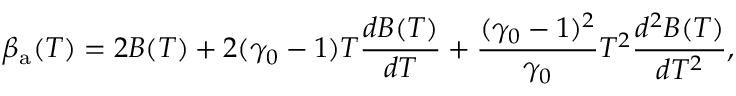
\beta _ { \mathrm { a } } ( T ) = 2 B ( T ) + 2 ( \gamma _ { 0 } - 1 ) T \frac { d B ( T ) } { d T } + \frac { ( \gamma _ { 0 } - 1 ) ^ { 2 } } { \gamma _ { 0 } } T ^ { 2 } \frac { d ^ { 2 } B ( T ) } { d T ^ { 2 } } ,